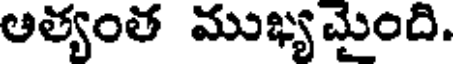
అత్యంత ముఖ్యమైంది.